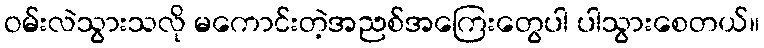
ဝမ်းလဲသွားသလို မကောင်းတဲ့အညစ်အကြေးတွေပါ ပါသွားစေတယ်။